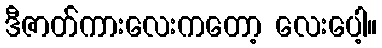
ဒီဇာတ်ကားလေးကတော့ လေးပေါ့။